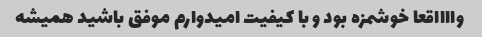
وااااقعا خوشمزه بود و با کیفیت امیدوارم موفق باشید همیشه